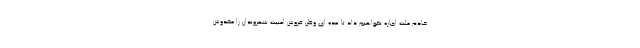
خادم ملت اجازه نخواهیم داد تا عده ای وطن فروش امنیت شهروندان را مخدوش